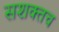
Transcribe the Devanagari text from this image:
सशक्तच